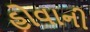
હોવાની